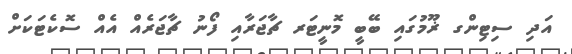
އަދި ސިޓިންގ ޜޫމުގައި ބޭބީ މޮނީޓަރ ޗާޖަރާއި ފޯނު ޗާޖަރެއް އެއް ސޮކެޓަކަށް